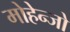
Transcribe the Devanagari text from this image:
मोहेन्जो